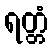
ရတ္တံ